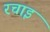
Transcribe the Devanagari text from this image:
रचाइ